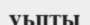
уьпты